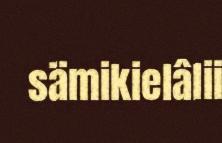
sämikielâlii